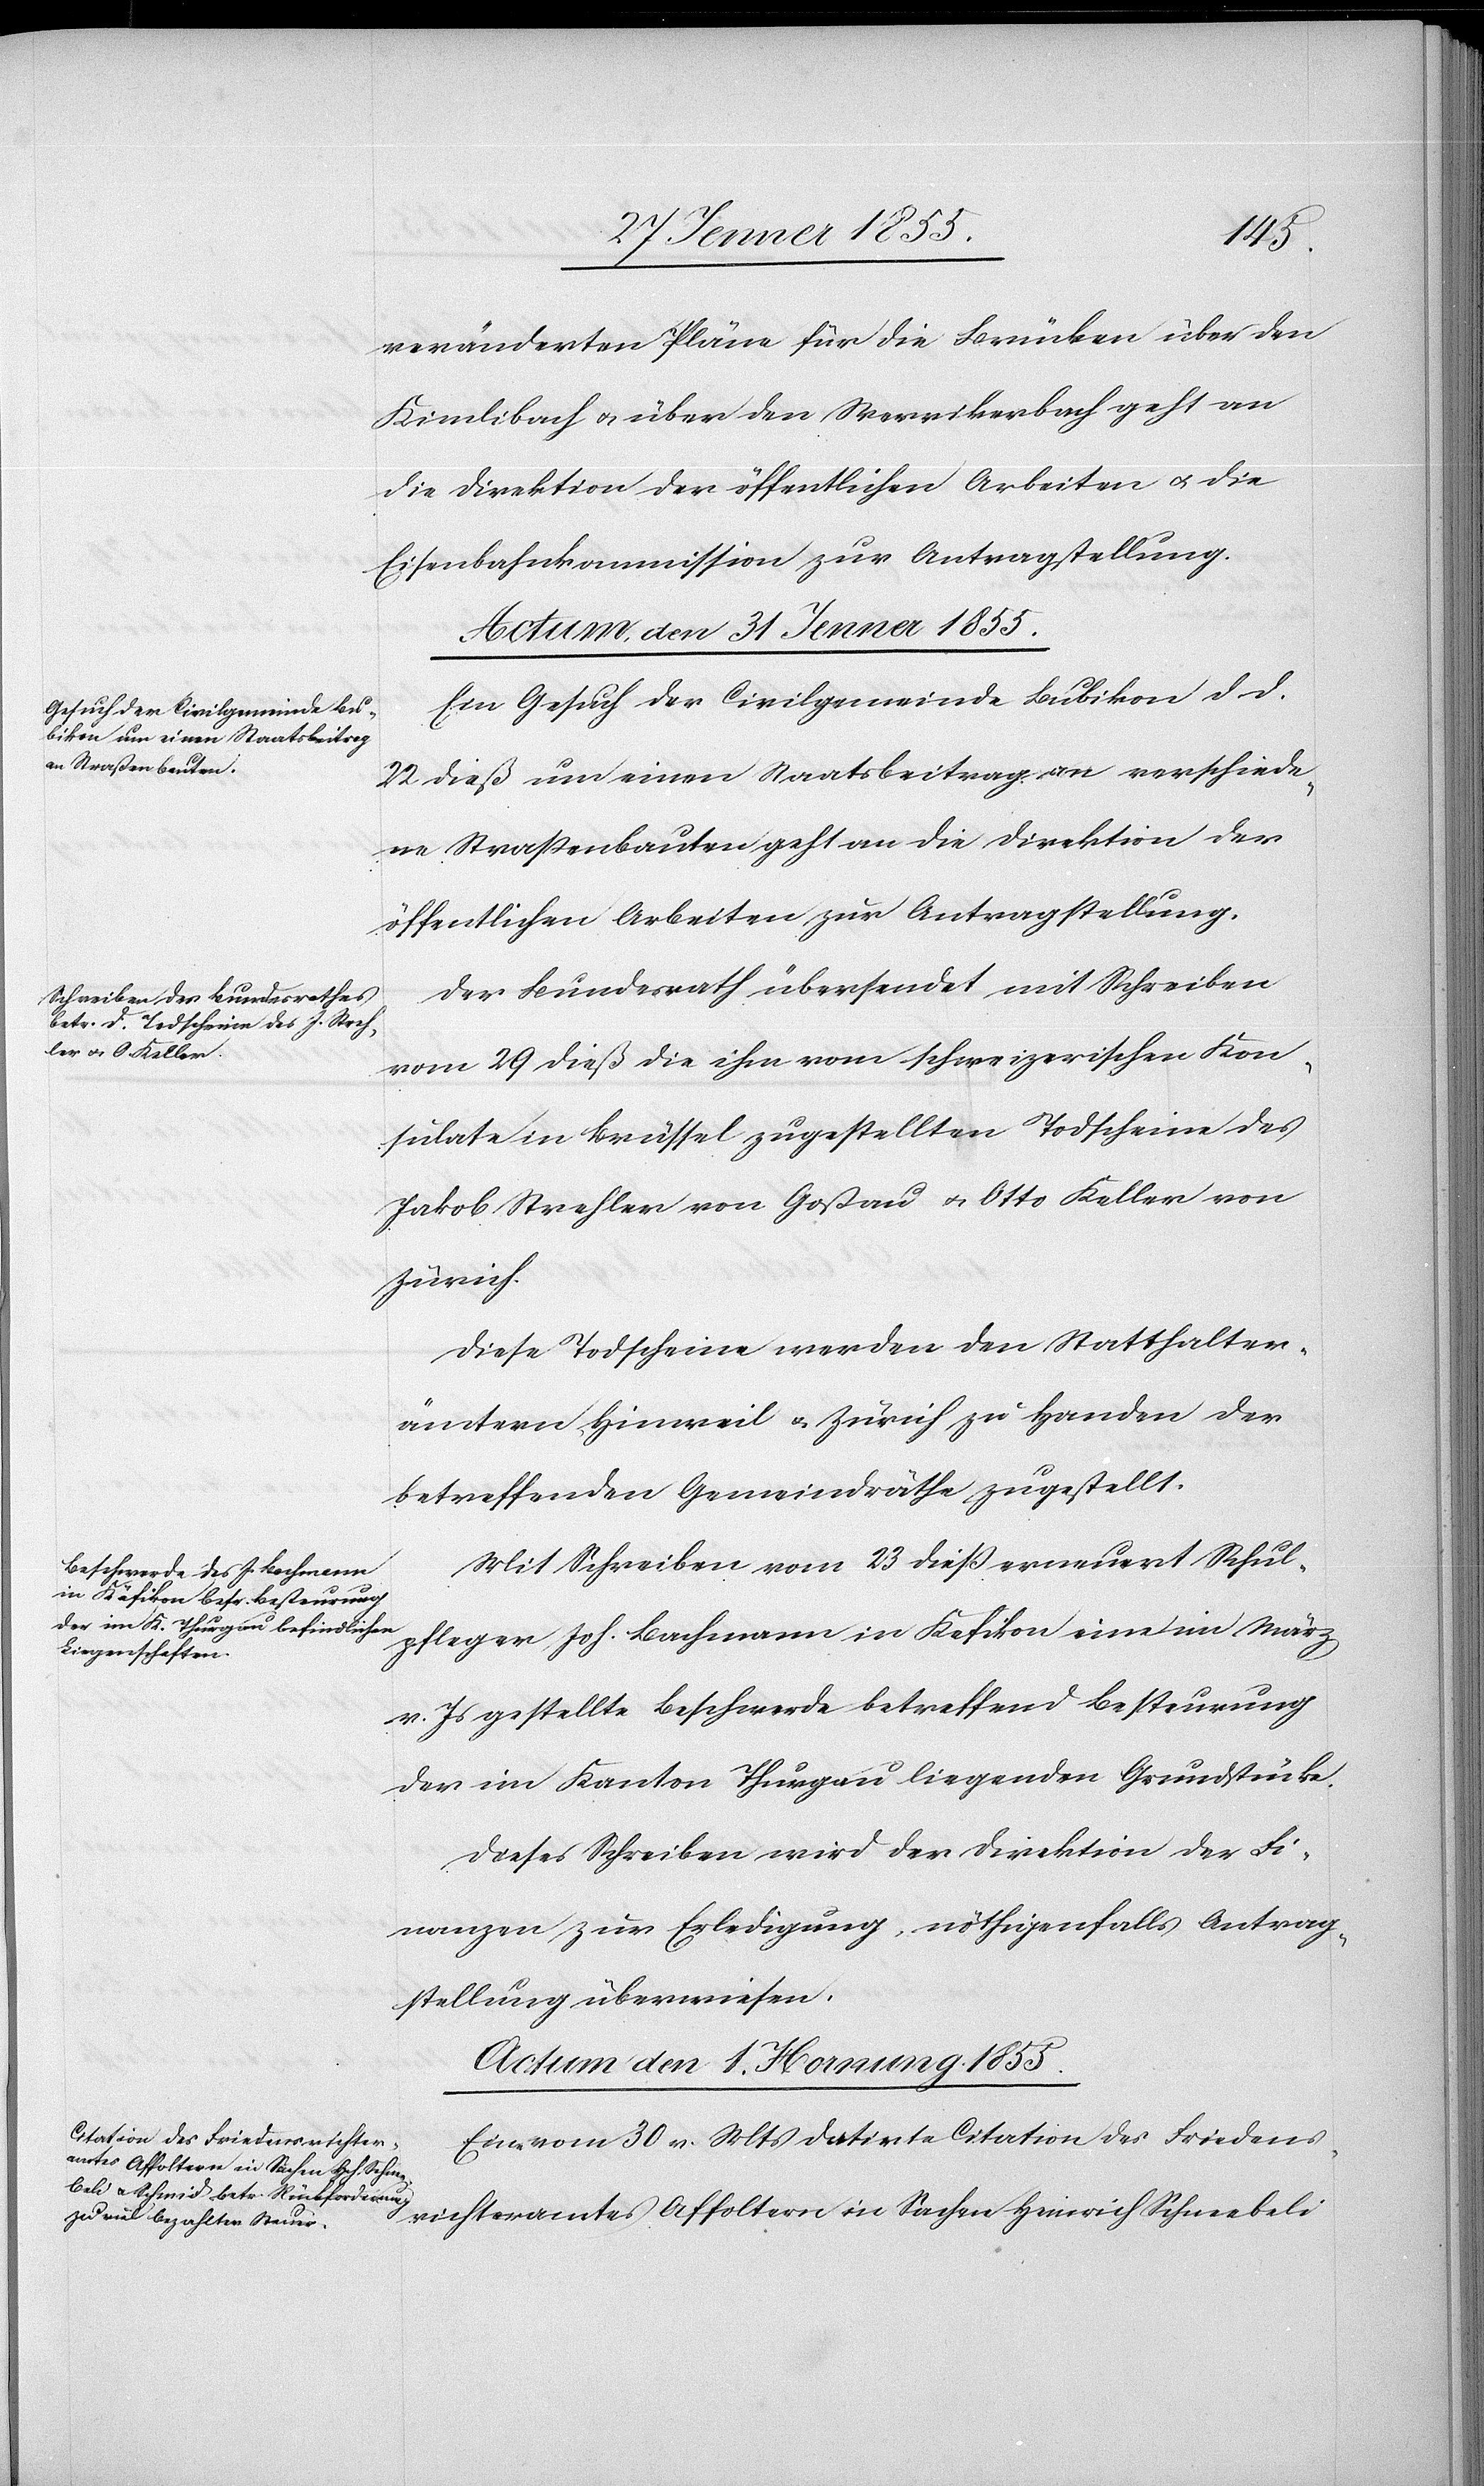
veränderten Pläne für die Brücken über den
Kimlibach & über den Werrikerbach geht an
die Direktion der öffentlichen Arbeiten & die
Eisenbahnkommission zur Antragstellung.
Actum, den 31 Jenner 1855.]
Ein Gesuch der Civilgemeinde Bubikon d d.
22 dieß um einen Staatsbeitrag an verschiede¬
ne Strassenbauten geht an die Direktion der
öffentlichen Arbeiten zur Antragstellung.
Der Bundesrath übersendet mit Schreiben
vom 29 dieß die ihm vom schweizerischen Kon¬
sulate in Brüssel zugestellten Todscheine des
Jakob Strehler von Goßau & Otto Keller von
Zürich.
Diese Todscheine werden den Statthalter¬
ämtern Hinweil & Zürich zu Handen der
betreffenden Gemeindräthe zugestellt.
Mit Schreiben vom 23 dieß erneuert Schul¬
pfleger Joh. Bachmann in Kefikon eine im März
v. Js gestellte Beschwerde betreffend Besteurung
der im Kanton Thurgau liegenden Grundstücke.
Dieses Schreiben wird der Direktion der Fi¬
nanzen zur Erledigung, nöthigenfalls Antrag¬
stellung überwiesen.
Actum den 1. Hornung 1855.
Eine vom 30 v. Mts. datirte Citation des Friedens¬
richteramtes Affoltern in Sachen Heinrich Schneebeli